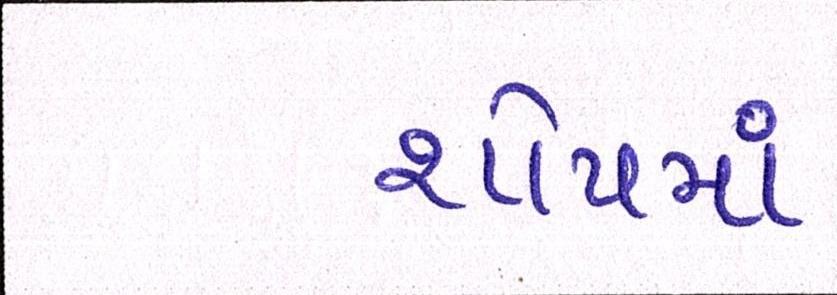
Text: શોપમાં